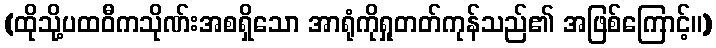
(ထိုသို့ပထဝီကသိုဏ်းအစရှိသော အာရုံကိုရှုတတ်ကုန်သည်၏ အဖြစ်ကြောင့်။)